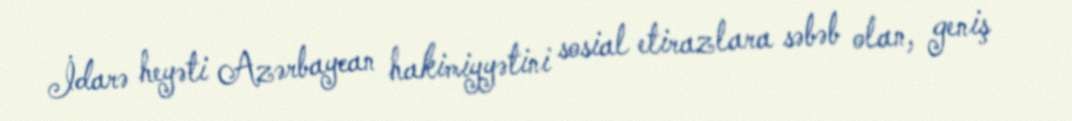
İdarə heyəti Azərbaycan hakimiyyətini sosial etirazlara səbəb olan, geniş